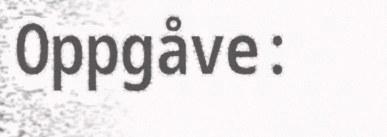
Oppgåve: